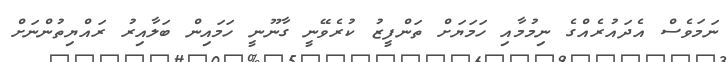
ނަމަވެސް އެދައުރެއްގެ ނިމުމާއި ހަމަޔަށް ތަންފީޒު ކުރެވޭނީ ގާނޫނީ ހަމައިން ބަލާއިރު ރައްޔިތުންނަށް